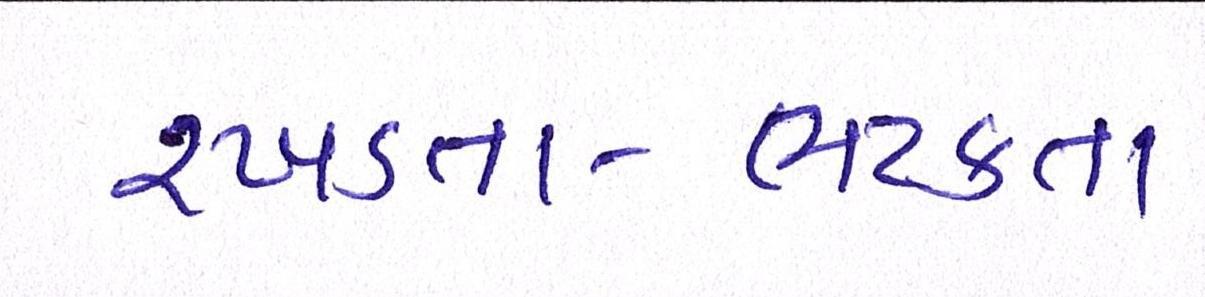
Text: રખડતા-ભટકતા